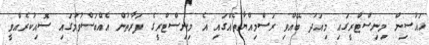
ހައުސިން މިނިސްޓްރީގައި މިއަދު ބޭއްވި ރަސްމިއްޔާތެއްގައި އެ މިނިސްޓްރީގެ ފަރާތުން އެއްބަސްވުމުގައި ސޮއިކުރެއްވީ